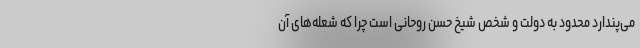
می‌پندارد محدود به دولت و شخص شیخ حسن روحانی است چرا که شعله‌های آن